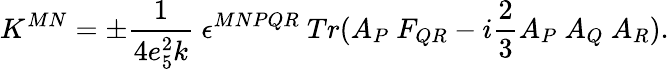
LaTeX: K^{MN}=\pm\frac{1}{4e_{5}^{2}k}\ \epsilon^{MNPQR}\ Tr(A_{P}\ F_{QR}-i\frac{2}{3}A_{P}\ A_{Q}\ A_{R}).